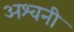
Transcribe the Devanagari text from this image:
अश्‍वनी